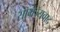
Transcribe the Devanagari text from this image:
साम्रज्यवाद